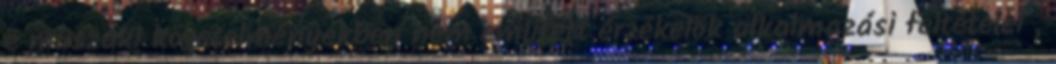
e mûszaki követelményekben nem említett érzékelõk alkalmazási feltételei ,